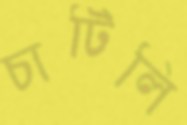
চাটিলি